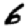
Digit: 6